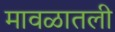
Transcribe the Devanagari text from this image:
मावळातली